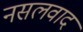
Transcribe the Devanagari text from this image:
नसलवाद